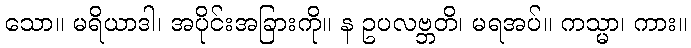
သော။ မရိယာဒါ၊ အပိုင်းအခြားကို။ န ဥပလဗ္ဘတိ၊ မရအပ်။ ကသ္မာ၊ ကား။